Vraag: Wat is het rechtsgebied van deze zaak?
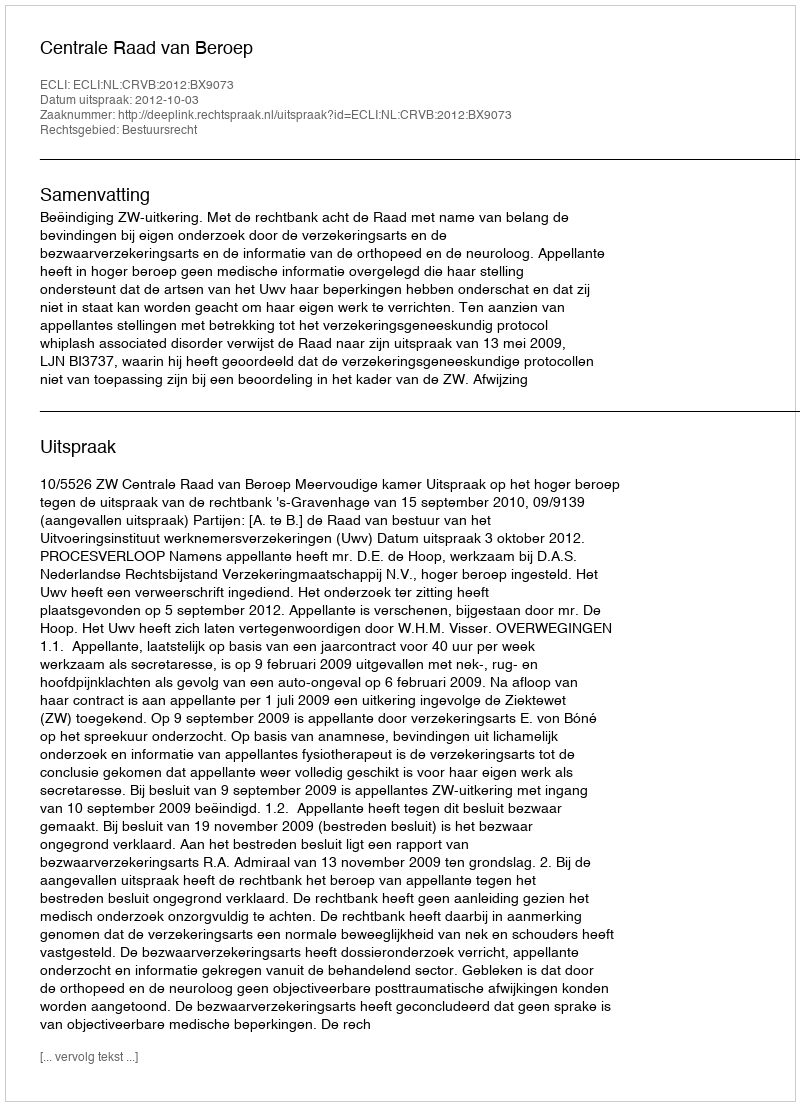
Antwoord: Bestuursrecht